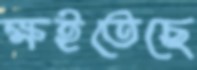
ক্ষইতেছে